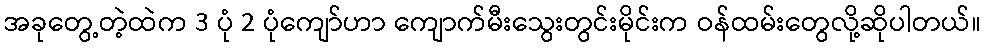
အခုတွေ့တဲ့ထဲက 3 ပုံ 2 ပုံကျော်ဟာ ကျောက်မီးသွေးတွင်းမိုင်းက ဝန်ထမ်းတွေလို့ဆိုပါတယ်။